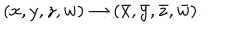
( x , y , z , w ) \to ( \bar { x } , \bar { y } , \bar { z } , \bar { w } ) .